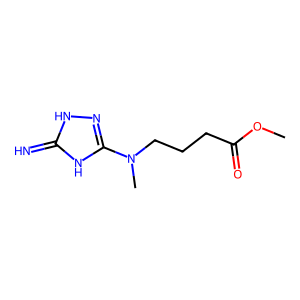
SMILES: COC(=O)CCCN(C)c1n[nH]c(=N)[nH]1
Inhibits HIV replication: No